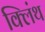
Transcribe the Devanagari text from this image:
क्लिंथ